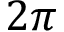
2 \pi